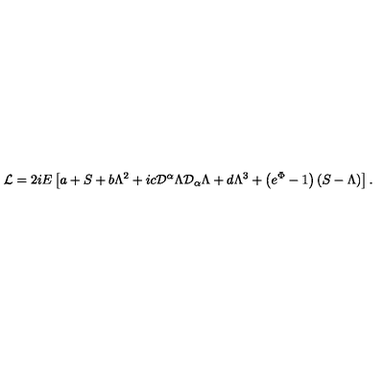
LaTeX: { \mathcal { L } } = 2 i E \left[ a + S + b \Lambda ^ { 2 } + i c { \mathcal { D } } ^ { \alpha } \Lambda { \mathcal { D } } _ { \alpha } \Lambda + d \Lambda ^ { 3 } + \left( e ^ { \Phi } - 1 \right) \left( S - \Lambda \right) \right] .